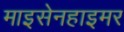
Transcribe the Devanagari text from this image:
माइसेनहाइमर